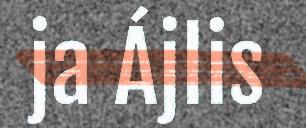
ja Ájlis